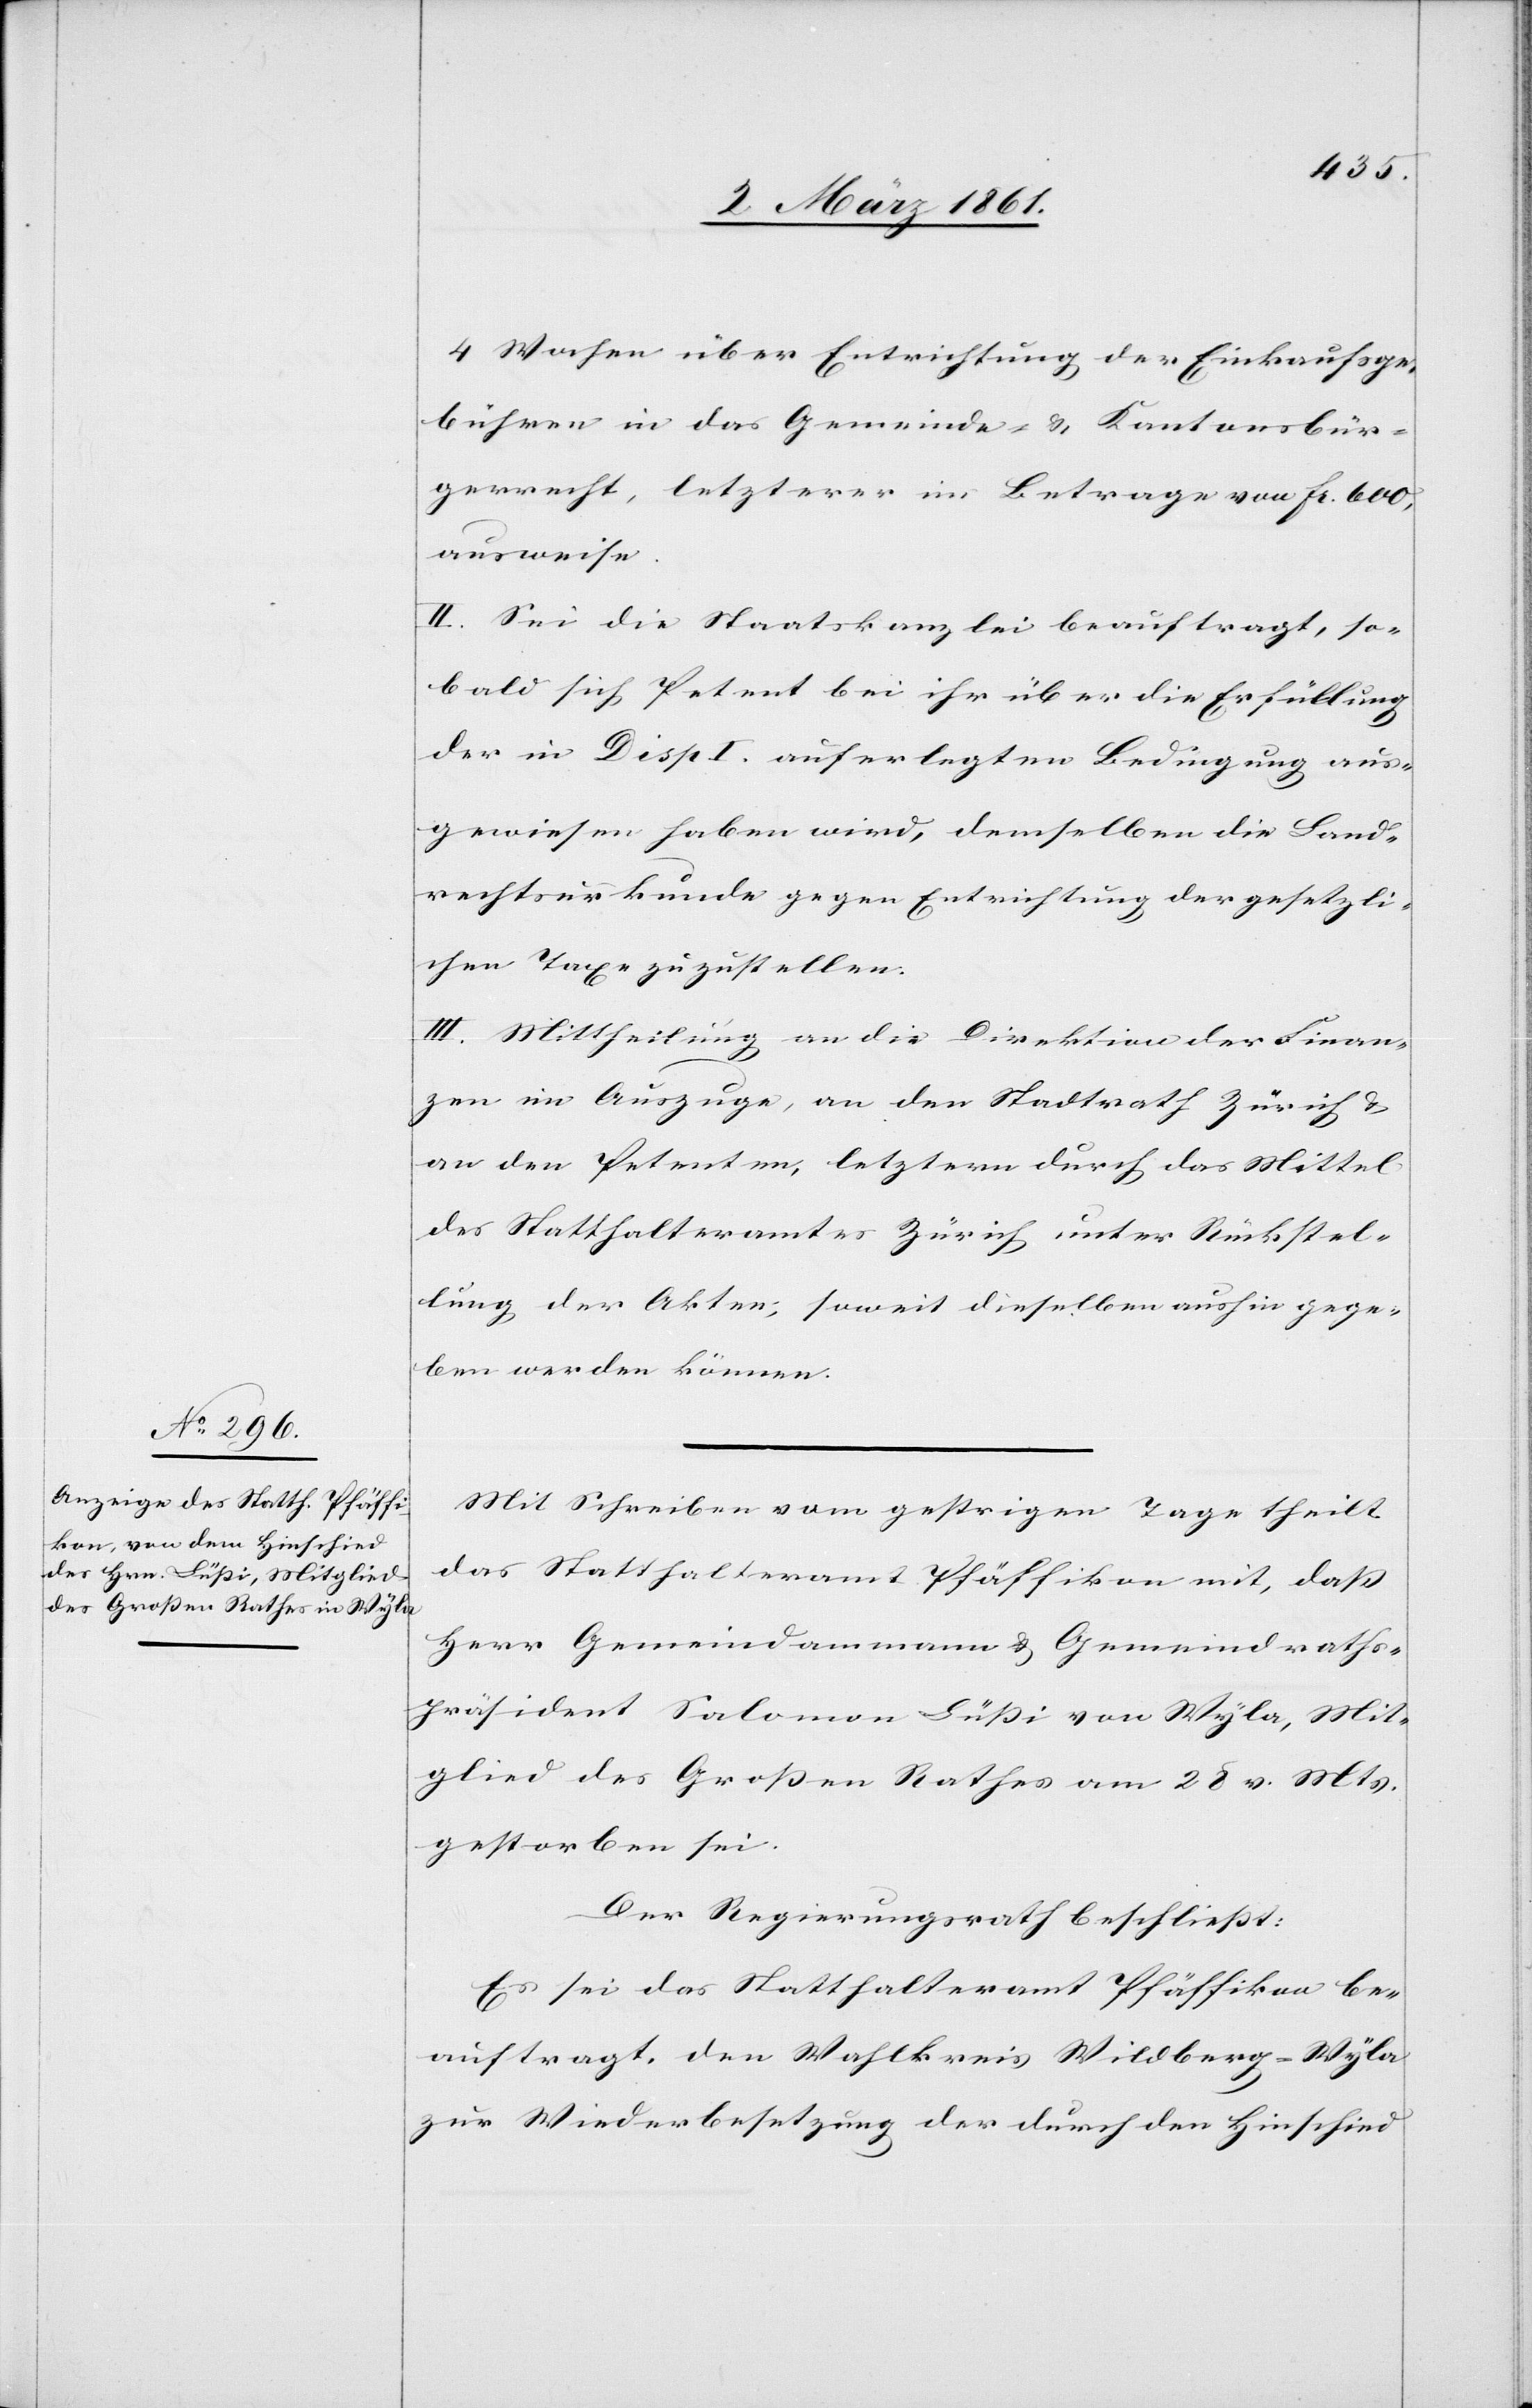
4 Wochen über Entrichtung der Einkaufsge¬
bühren in das Gemeinde- u. Kantonsbür¬
gerrecht, letzterer im Betrage von fr. 600,
ausweise.
II. Sei die Staatskanzlei beauftragt, so¬
bald sich Petent bei ihr über die Erfüllung
der in Disp. I. auferlegten Bedingung aus¬
gewiesen haben wird, demselben die Land¬
rechtsurkunde gegen Entrichtung der gesetzli¬
chen Taxe zuzustellen.
III. Mittheilung an die Direktion der Finan¬
zen im Auszuge, an den Stadtrath Zürich u.
an den Petenten, letztern durch das Mittel
des Statthalteramtes Zürich unter Rückstel¬
lung der Akten, soweit dieselben aushingege¬
ben werden können.
Mit Schreiben vom gestrigen Tage theilt
das Statthalteramt Pfäffikon mit, dass
Herr Gemeindammann u. Gemeindraths¬
präsident Salomon Lüssi von Wyla, Mit¬
glied des Grossen Rathes am 28 v. Mts.
gestorben sei.
Der Regierungsrath beschliesst:
Es sei das Statthalteramt Pfäffikon be¬
auftragt, den Wahlkreis Wildberg-Wyla
zur Wiederbesetzung der durch den Hinschied